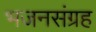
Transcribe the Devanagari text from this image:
भजनसंग्रह